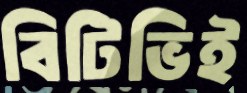
বিটিভিই